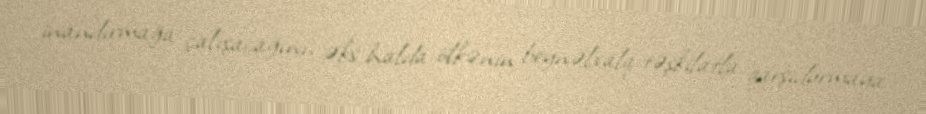
inandırmağa çalışacağını, əks halda ölkənin beynəlxalq təşkilatla qarşıdurmaya